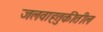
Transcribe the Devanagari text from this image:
जलवाहतुकीतील